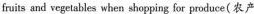
fruits and vegetables when shoppig for produce(农产